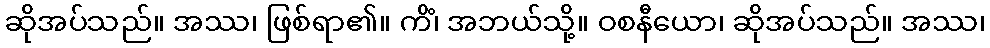
ဆိုအပ်သည်။ အဿ၊ ဖြစ်ရာ၏။ ကိံ၊ အဘယ်သို့။ ဝစနီယော၊ ဆိုအပ်သည်။ အဿ၊